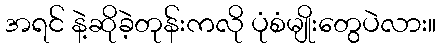
အရင် နဲ့ဆိုခဲ့တုန်းကလို ပုံစံမျိုးတွေပဲလား။